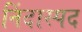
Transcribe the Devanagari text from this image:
निंदास्पद